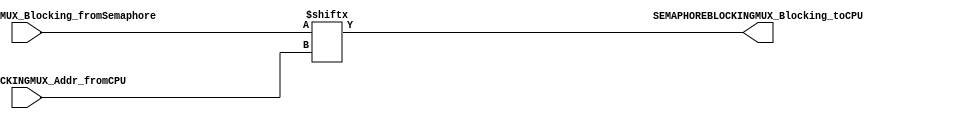
module SEMAPHORE_BLOCKINGMUX
#
(
	parameter NumberOfSemaphores 	= 4,
	parameter NumberOfCores 			= 2
)
(
	//Data from Semaphores to CPU:  
	input wire [(NumberOfSemaphores*NumberOfCores)-1: 0]		SEMAPHOREBLOCKINGMUX_Blocking_fromSemaphore, 
	//Addr from CPU:
	input  wire [7: 0]																			SEMAPHOREBLOCKINGMUX_Addr_fromCPU,
	
	output wire 																						SEMAPHOREBLOCKINGMUX_Blocking_toCPU
);

assign SEMAPHOREBLOCKINGMUX_Blocking_toCPU = SEMAPHOREBLOCKINGMUX_Blocking_fromSemaphore[SEMAPHOREBLOCKINGMUX_Addr_fromCPU];

endmodule